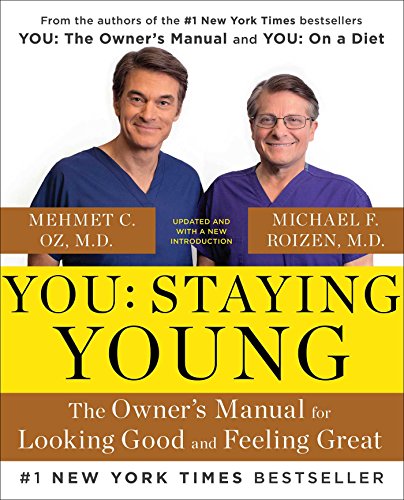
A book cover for You: Staying Young: The Owner's Manual for Looking Good & Feeling Great; Michael F. Roizen; Health, Fitness & Dieting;